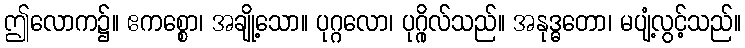
ဤလောက၌။ ဧကစ္စော၊ အချို့သော။ ပုဂ္ဂလော၊ ပုဂ္ဂိုလ်သည်။ အနုဒ္ဓတော၊ မပျံ့လွင့်သည်။